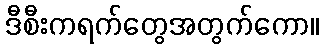
ဒီစီးကရက်တွေအတွက်ကော။